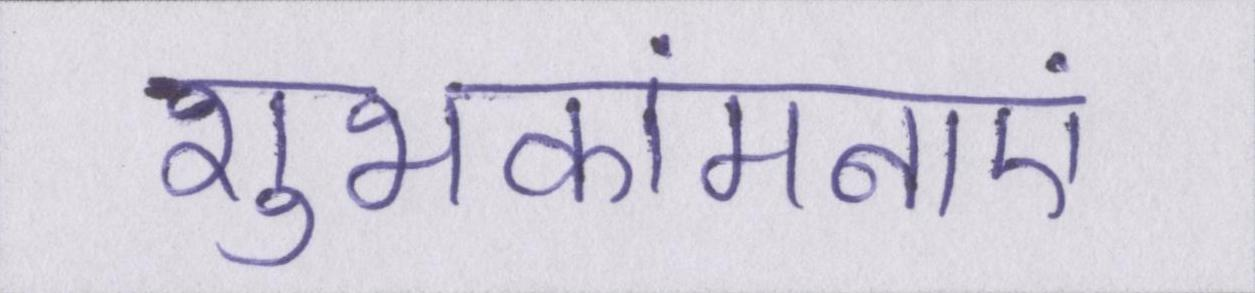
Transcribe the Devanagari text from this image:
शुभकांमनाएं